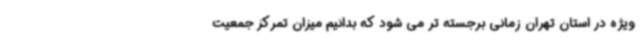
ویژه در استان تهران زمانی برجسته تر می شود که بدانیم میزان تمرکز جمعیت